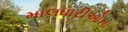
માલધારીઓના